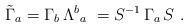
LaTeX: \begin{align*}\tilde \Gamma_a= \Gamma_b\, \Lambda^b{}_a\ =S^{-1}\, \Gamma_a\, S\ .\end{align*}